画像に写った文字を読んでください
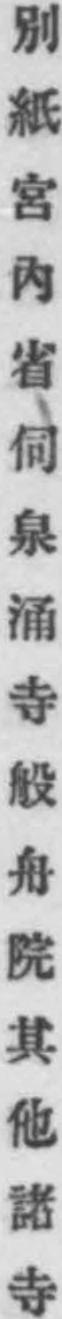
「別紙宮內省伺泉涌寺般舟院其他諸寺」と書いてあります